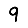
Digit: 9